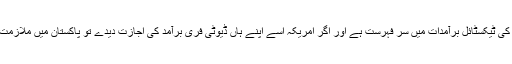
اخبار نے لکھا ہے کہ 'ڈینم جینز' پاکستان کی ٹیکسٹائل برآمدات میں سرِ فہرست ہے اور اگر امریکہ اسے اپنے ہاں ڈیوٹی فری برآمد کی اجازت دیدے تو پاکستان میں ملازمت کے ہزاروں نئے مواقع پیدا ہوسکتے ہیں۔